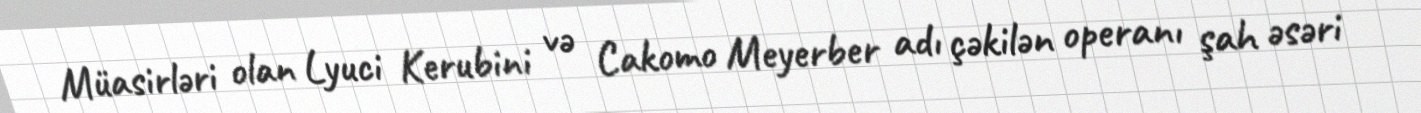
Müasirləri olan Lyuci Kerubini və Cakomo Meyerber adı çəkilən operanı şah əsəri